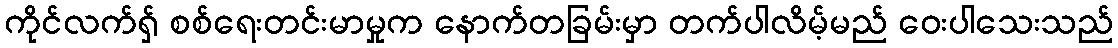
ကိုင်လက်ရှ် စစ်ရေးတင်းမာမှုက နောက်တခြမ်းမှာ တက်ပါလိမ့်မည် ဝေးပါသေးသည်